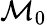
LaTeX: {\mathcal{M}}_{0}